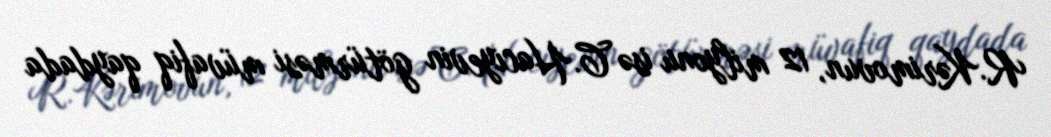
R.Kərimovun, 12 milyonu isə C.Hacıyevin götürməsi müvafiq qaydada